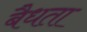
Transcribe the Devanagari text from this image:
बैधता